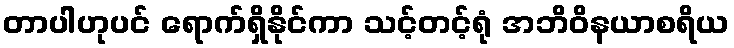
တာပါဟုပင် ရောက်ရှိနိုင်ကာ သင့်တင့်ရုံ အဘိဝိနယာစရိယ